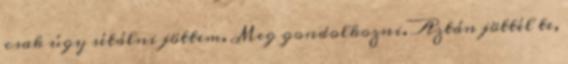
csak úgy sétálni jöttem. Meg gondolkozni. Aztán jöttél te,